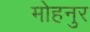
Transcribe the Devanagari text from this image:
मोहनुर